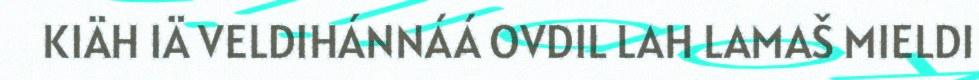
KIÄH IÄ VELDIHÁNNÁÁ OVDIL LAH LAMAŠ MIELDI